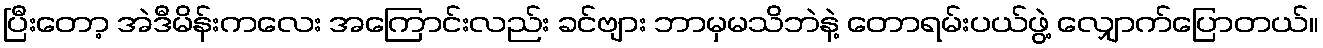
ပြီးတော့ အဲဒီမိန်းကလေး အကြောင်းလည်း ခင်ဗျား ဘာမှမသိဘဲနဲ့ တောရမ်းပယ်ဖွဲ့ လျှောက်ပြောတယ်။